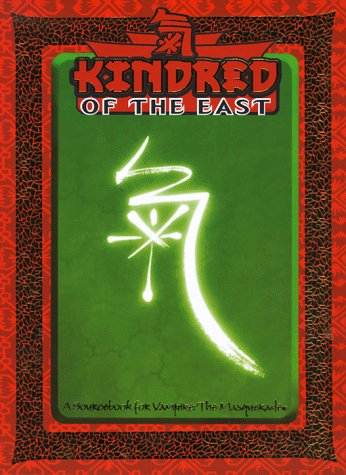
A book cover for Kindred of the East (For Vampire, the Masquerade); Justin Achilli; Science Fiction & Fantasy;